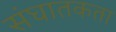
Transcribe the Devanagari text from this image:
संघातकता